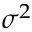
\sigma ^ { 2 }